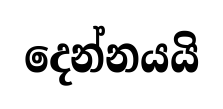
දෙන්නයයි